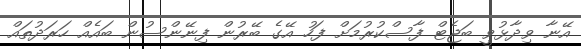
އޭނާ ވިދާޅުވީ ބަޖެޓް ފާސްކުރުމަށް ފަހު އޭގެ ބޭރުން ފިނޭންސުން ބައެއް ހަރަދުތައް